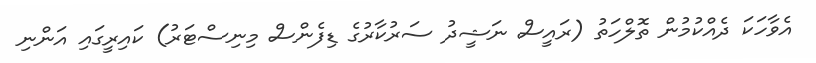
އެވާހަކަ ދެއްކުމުން ތޮލްހަތު (ރައީސް ނަޝީދު ސަރުކާރުގެ ޑިފެންސް މިނިސްޓަރު) ކައިރީގައި އަންނި